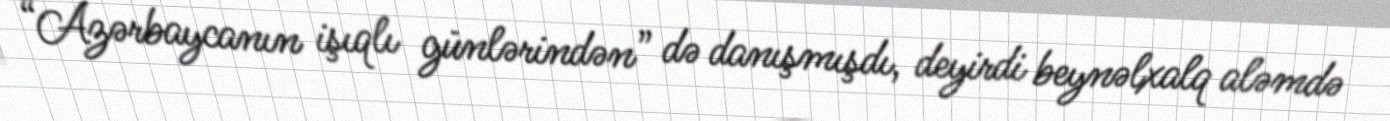
“Azərbaycanın işıqlı günlərindən” də danışmışdı, deyirdi beynəlxalq aləmdə